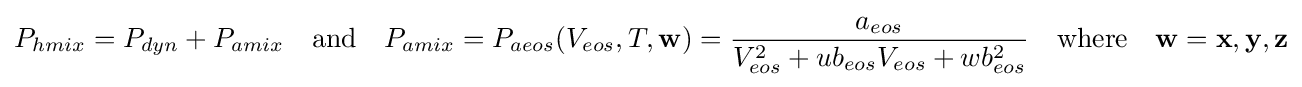
P_{hmix}=P_{dyn}+P_{amix}\quad {\text{and}}\quad P_{amix}=P_{aeos}(V_{eos},T,\mathbf {w} )={\frac {a_{eos}}{V_{eos}^{2}+ub_{eos}V_{eos}+wb_{eos}^{2}}}\quad {\text{where}}\quad \mathbf {w} =\mathbf {x} ,\mathbf {y} ,\mathbf {z}